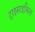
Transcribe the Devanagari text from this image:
ट्राइसाइकिल